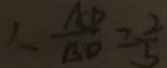
\frac { A D } { B D } = \frac { 2 } { 3 }